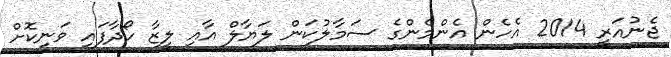
ޖެނުއަރީ 2014 އެހެން އެންމެންގެ ސަމާލުކަން ލަޔާލް އާއި ލީޒާ ހޯދާފައި ވަނިކޮށް